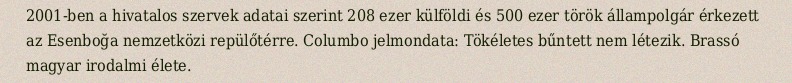
2001-ben a hivatalos szervek adatai szerint 208 ezer külföldi és 500 ezer török állampolgár érkezett az Esenboğa nemzetközi repülőtérre. Columbo jelmondata: Tökéletes bűntett nem létezik. Brassó magyar irodalmi élete.